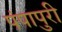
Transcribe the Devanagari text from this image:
पंपापुरी